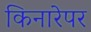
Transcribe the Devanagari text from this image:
किनारेपर